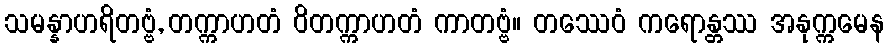
သမန္နာဟရိတဗ္ဗံ, တက္ကာဟတံ ဝိတက္ကာဟတံ ကာတဗ္ဗံ။ တဿေဝံ ကရောန္တဿ အနုက္ကမေန